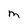
Character: M